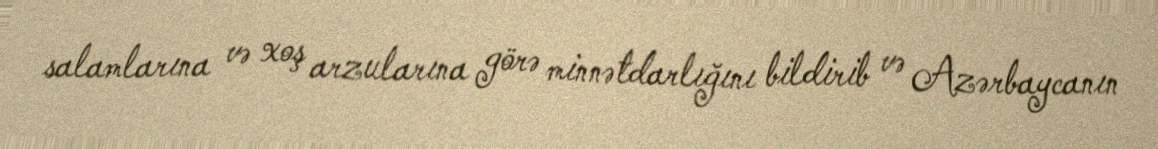
salamlarına və xoş arzularına görə minnətdarlığını bildirib və Azərbaycanın